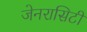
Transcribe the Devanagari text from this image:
जेनरासिटी